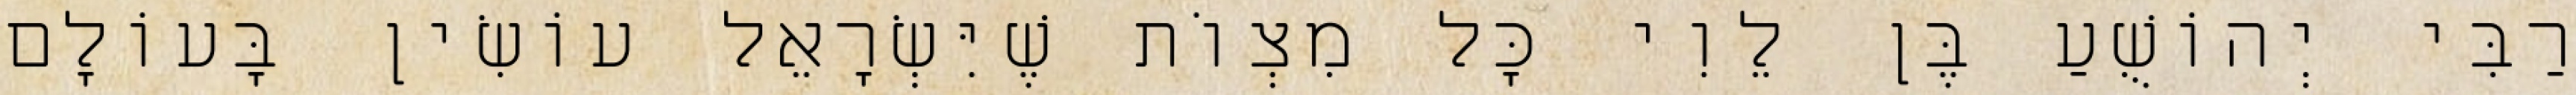
רַבִּי יְהוֹשֻׁעַ בֶּן לֵוִי כׇּל מִצְוֹת שֶׁיִּשְׂרָאֵל עוֹשִׂין בָּעוֹלָם